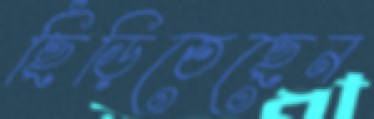
ছিঁড়িতেছেন